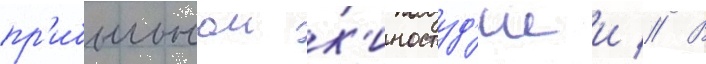
пр'ибыльнои к'иностуд'иеи // В